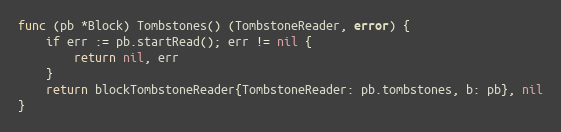
Language: Go
func (pb *Block) Tombstones() (TombstoneReader, error) {
	if err := pb.startRead(); err != nil {
		return nil, err
	}
	return blockTombstoneReader{TombstoneReader: pb.tombstones, b: pb}, nil
}